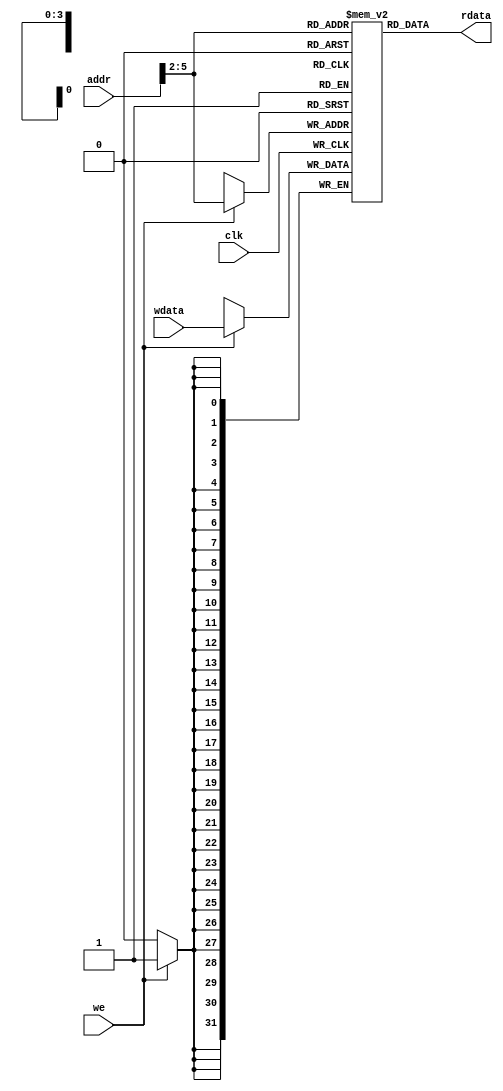
module dmem (
    input           clk,
    input  [ 5 : 0] addr,  // byte address
    input           we,    // write-enable
    input  [31 : 0] wdata, // write data
    output [31 : 0] rdata  // read data
);

    reg [31 : 0] RAM [15 : 0];

    integer idx;

    initial begin
        for (idx = 0; idx < 16; idx = idx+1) RAM[idx] = 32'h0;
    end

    // Read operation
    assign rdata = RAM[addr[5:2]];

    // Write operation
    always @(posedge clk) begin
        if (we) RAM[addr[5:2]] <= wdata;
    end

endmodule